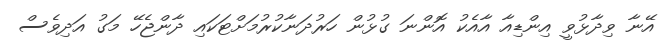
އޭނާ ވިދާޅުވީ އިންޑިއާ އާއެކު އޮންނަ ގުޅުން ހަރުދަނާކުރުމަށްޓަކައި ދާންޖެހޭ މަގު އަދިވެސް